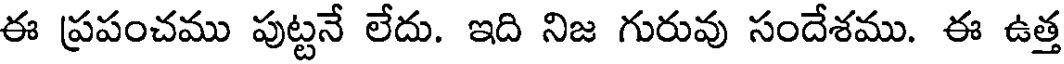
ఈ ప్రపంచము పుట్టనే లేదు. ఇది నిజ గురువు సందేశము. ఈ ఉత్త